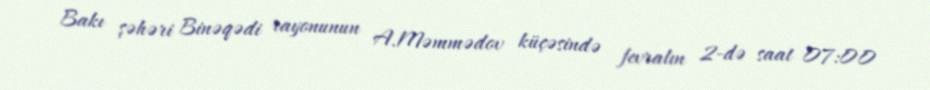
Bakı şəhəri Binəqədi rayonunun A.Məmmədov küçəsində fevralın 2-də saat 07:00